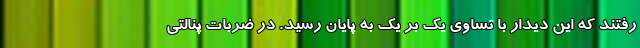
رفتند که این دیدار با تساوی یک بر یک به پایان رسید. در ضربات پنالتی